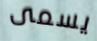
يسمى